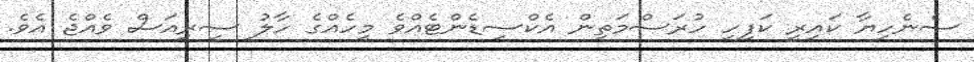
ސެނެހިޔާ ކައިރީ ކަފިހި ހުރަސްމަތިން އެކްސިޑެންޓެއްވެ މީހެއްގެ ހާލު ސީރިއަސް ވެއްޖެ އެވެ.